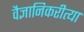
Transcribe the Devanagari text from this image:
वैज्ञानिकरीत्या